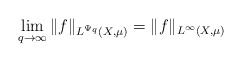
\begin{align*} \lim_{q\rightarrow \infty} \|f\|_{L^{\Psi_q}(X,\mu)} =\|f\|_{L^\infty(X,\mu)}\end{align*}